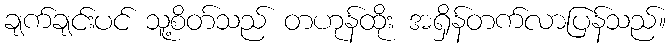
ချက်ချင်းပင် သူ့စိတ်သည် တဟုန်ထိုး အရှိန်တက်လာပြန်သည်။